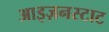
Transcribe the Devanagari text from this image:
आइज़नस्टाट